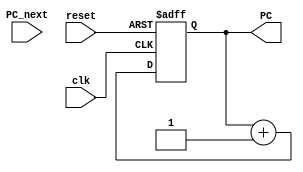
`timescale 1ns / 1ps
//////////////////////////////////////////////////////////////////////////////////
// Company: 
// Engineer: 
// 
// Design Name: 
// Module Name: Counter_32bit
// Project Name: 
// Target Devices: 
// Tool Versions: 
// Description: 
// 
// Dependencies: 
// 
// Revision:
// Revision 0.01 - File Created
// Additional Comments:
// 
//////////////////////////////////////////////////////////////////////////////////


module PC(
    input clk,
    input reset,
    input  [31:0]PC_next,
    output [31:0] PC
    );
    
    reg [31 : 0] PC_reg , PCnext ;
    
    always@ (posedge clk , negedge reset)
    begin
            if(!reset )
            PC_reg <= 'b0;        
            else
            PC_reg <= PCnext ;
    end
    
    always@(PC_reg)    //always@(*)
    begin
    	PCnext = PC_reg + 1 ; 
    end
    
    assign PC = PC_reg;
    
endmodule